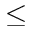
\leq